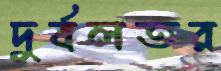
দুর্বলতর